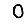
Digit: 0